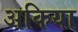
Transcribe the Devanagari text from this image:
अकिया